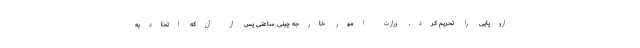
اروپایی را تحریم کرد. وزارت امور خارجه چینی ساعتی پس از آن‌که اتحادیه